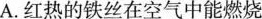
A.红热的铁丝在空气中能燃烧